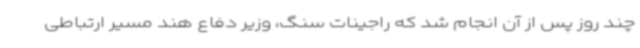
چند روز پس از آن انجام شد که راجینات سنگ، وزیر دفاع هند مسیر ارتباطی